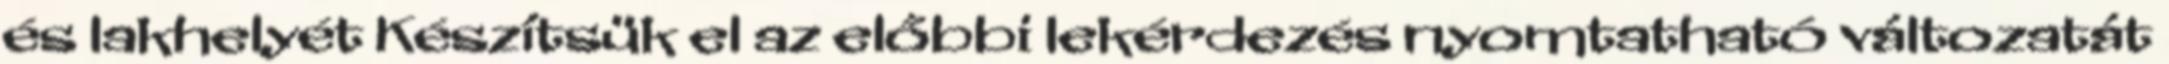
és lakhelyét Készítsük el az előbbi lekérdezés nyomtatható változatát